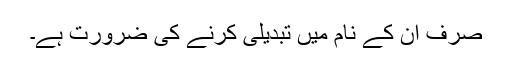
صرف ان کے نام میں تبدیلی کرنے کی ضرورت ہے۔